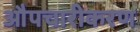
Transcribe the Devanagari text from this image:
औपचारीकरण